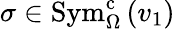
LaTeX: \sigma\in\mathrm{Sym}_{\Omega}^{\mathrm{c}}\left(v_{1}\right)